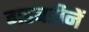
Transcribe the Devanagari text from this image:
गडबडीनें